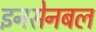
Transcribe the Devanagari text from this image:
इनसेनबल